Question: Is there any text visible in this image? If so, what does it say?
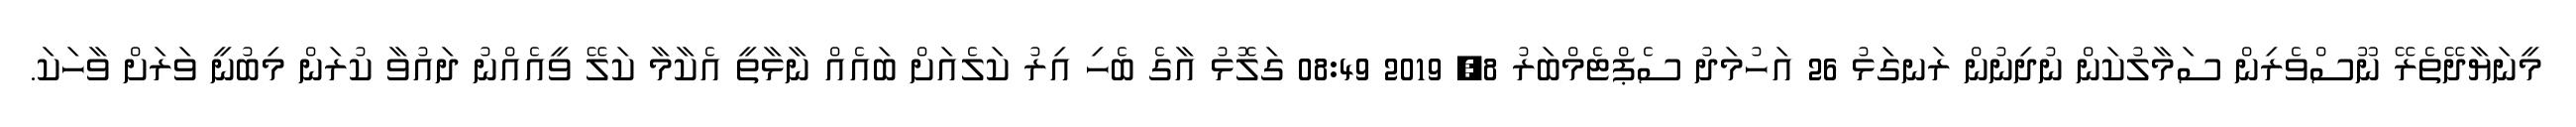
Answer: މީނަޔާދޭތެރޭ ނޫސްވެރިން ސަމާލުކަން ނުދިނުން ރަނގަޅު 26 އަހުމަދު ސެޕްޓެމްބަރު 8, 2019 08:49 ގަލޮޅު އާގެ ބެހި އިރު ކަލެއަށް ބައެއް ނާޅާތީ އެކާމާ ކަލޭ ވީއެއްނު ދައުވާ ކުރަން މިބުނީ ވަރަށް ވާހަކަ.